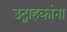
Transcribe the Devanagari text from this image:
उद्वाहकांना